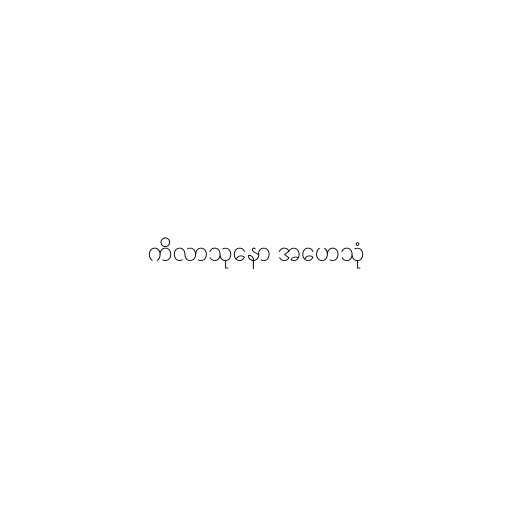
ကိလာသုနော အဟေသုံ